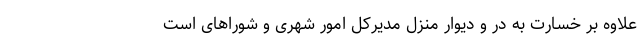
علاوه بر خسارت به در و دیوار منزل مدیرکل امور شهری و شورا‌های است